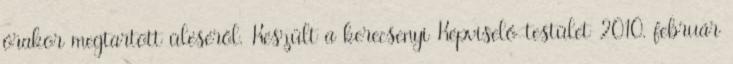
órakor megtartott üléséről. Készült a kerecsenyi Képviselő-testület 2010. február